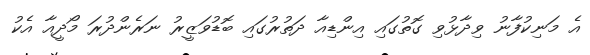
އެ މަނިކުފާނު ވިދާޅުވި ގޮތުގައި އިންޑިއާ ދަތުރުގައި ބޮޑުވަޒީރު ނަރެންދުރަ މޯދީއާ އެކު